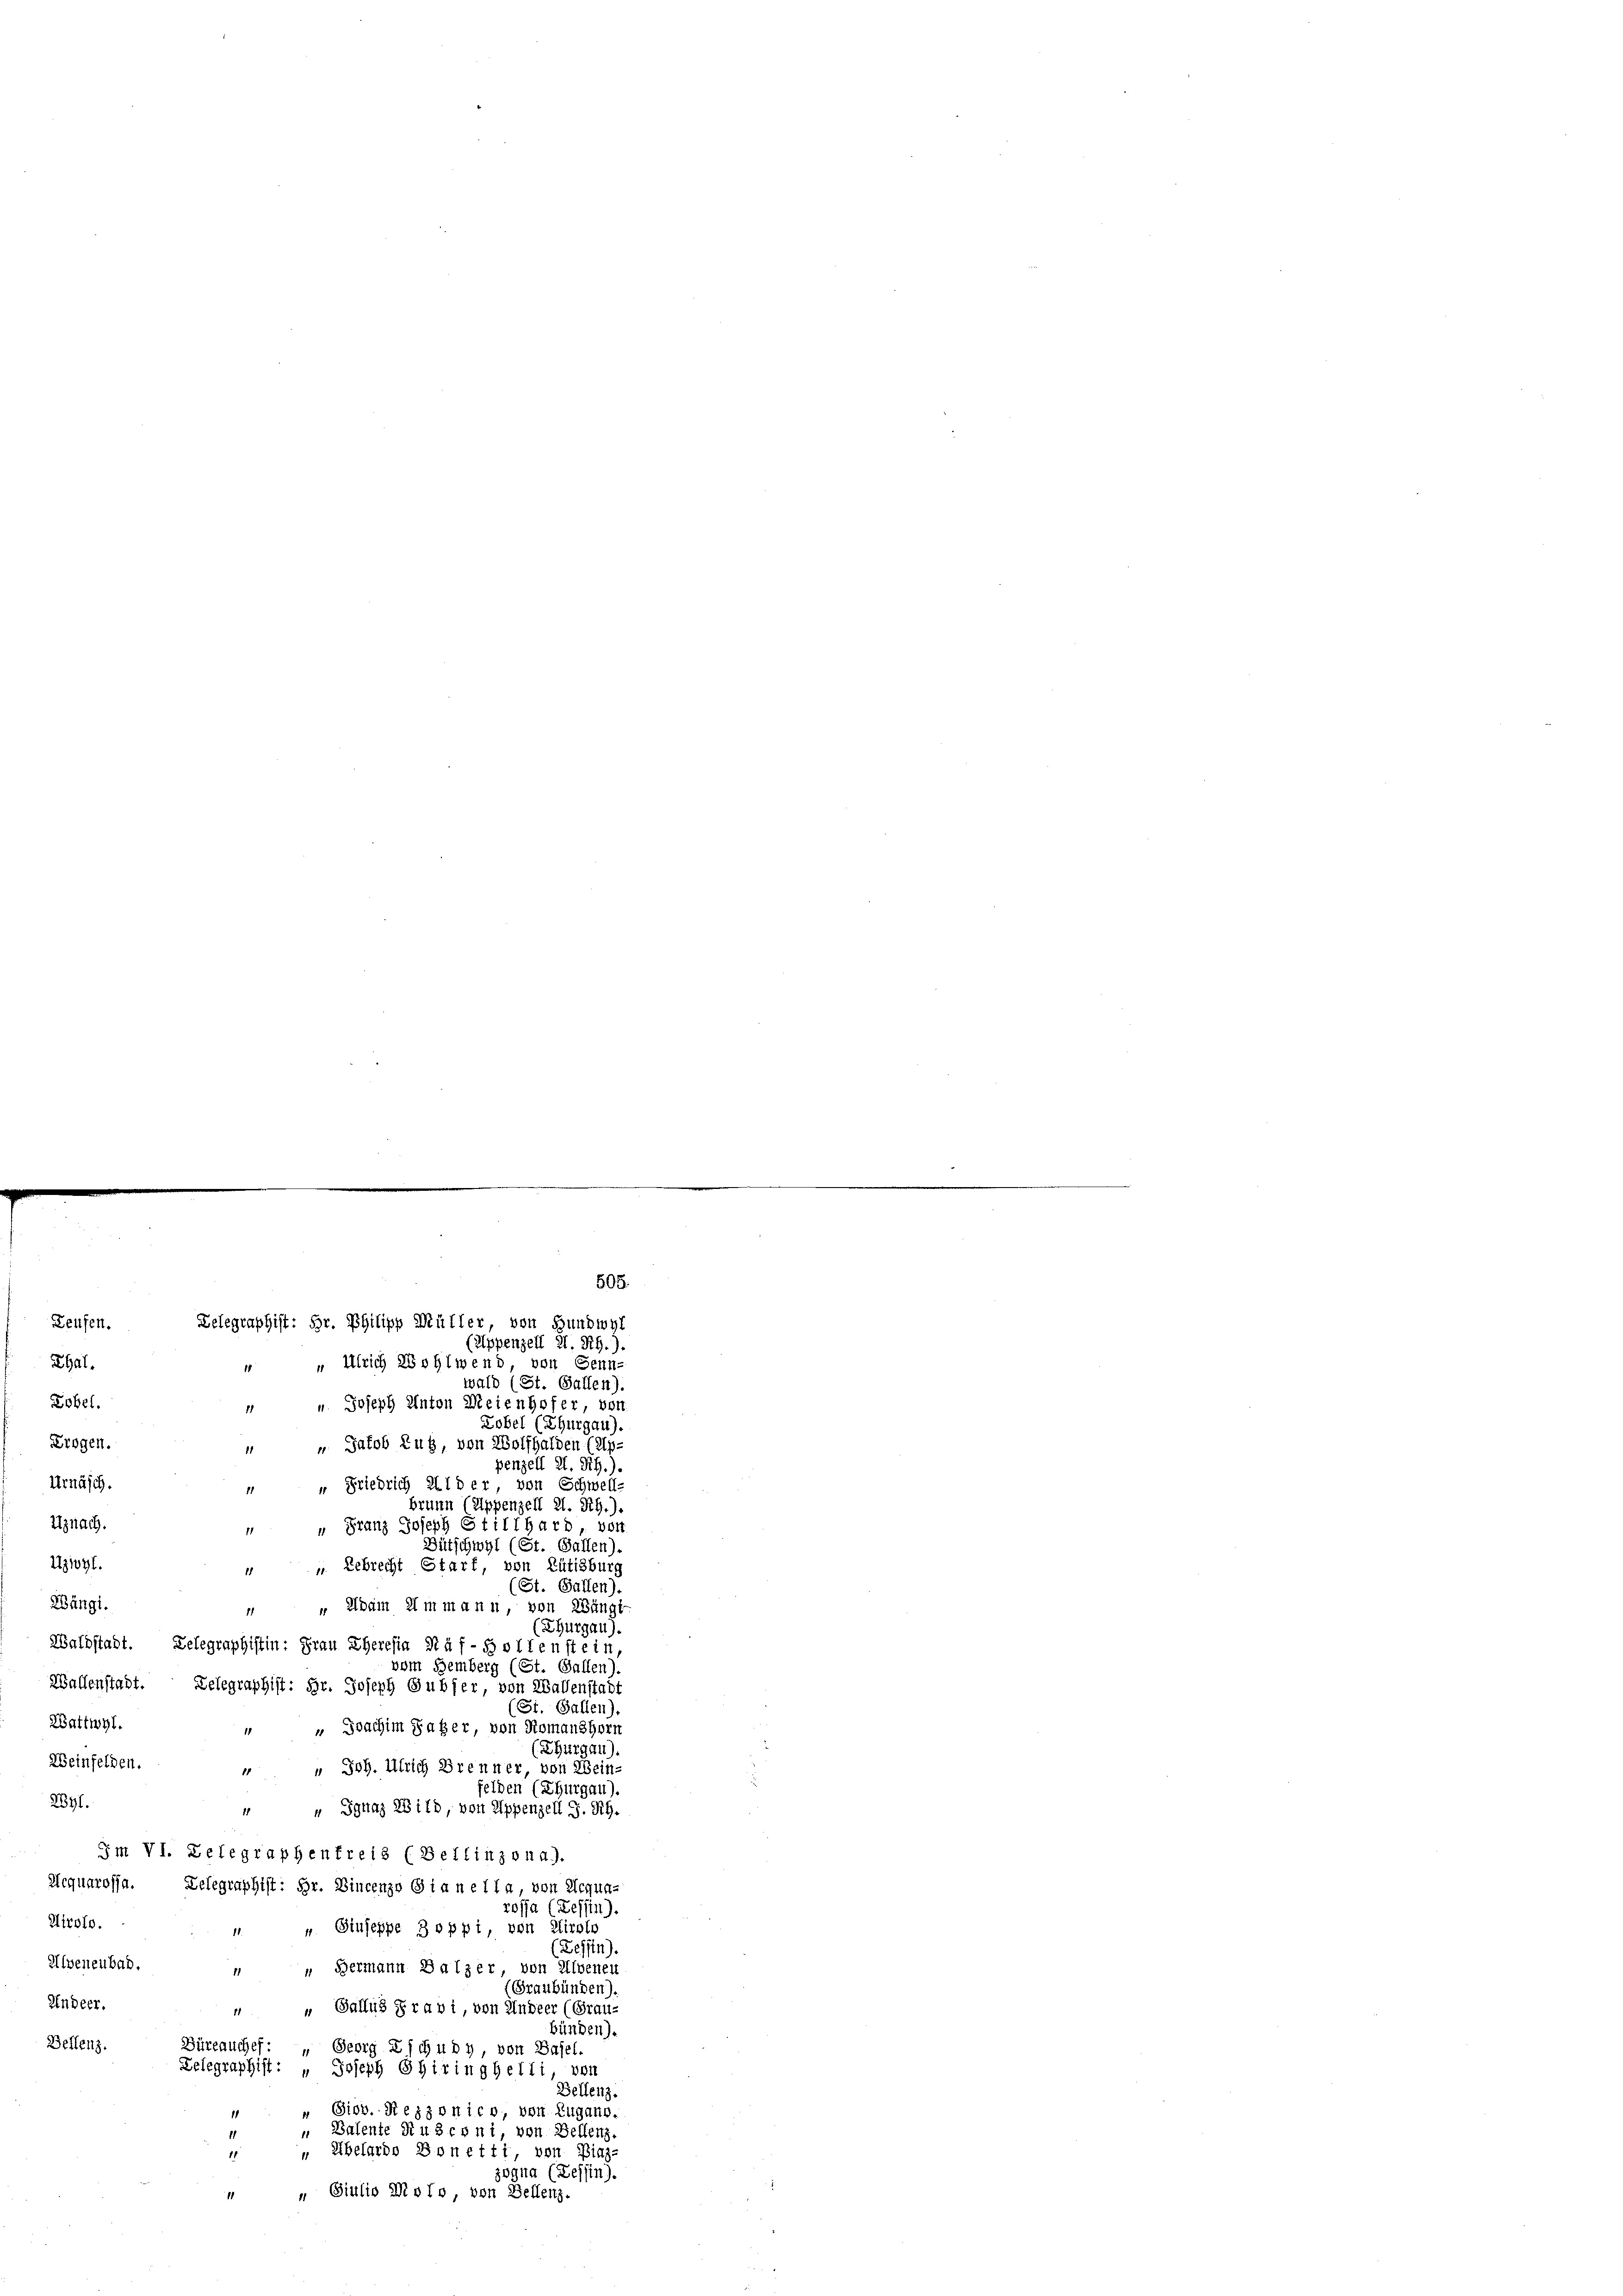
Erogen.
Urnäsch.
Utznach.
Uzwyl.

Ehat.
" Ulrich Wohlwend, von Senn-
wald (St. Gallen).
Lobel.
 " Joseph Anton Meienhofer, von

eufen.

Zelegraphist: Hr. Philipp Müller, von Hundwyl

505.

Zobel (Thurgau).
" " Jakob Zug, von Wolfhalden (Ap-
penzell I.Rh.)
“ Friedrich allder, von Schwell-
brunn (Appenzell 2. Rh.).
u Franz Joseph Stillhard, von
Bütschwyl (St. Gallen),
 „ Lebrecht Starf, von Rütisburg
(St. Gallen).
Zängi.
 Adam Ammann von Wängt-
(Thurgau).
Waldstadt. Delegraphistin: Frau Eheresia Raf-Bollenstein
vom Bemberg (St. Gallen),
Wallenstadt. Telegraphist: Hr. Joseph Gubler, von Wallenstadt
Si. Gallen).
Wattwyl.
 Joachim Falzer, von Romanshorn
1
(Thurgau).
Weinfelden.
 " Joh. Ulrich Brenner von Wein-
felden (Thurgau).
2841.
“ „ Ignaz 28ild, von Appenzell I.Rh.
Im VI. Delegraphenfreis (Bellinzona).
Aequarojja. Telegraphist: Hr. Vincenze Gia nella, von Aequa-
roffa (Tessin).
Airolo.
1 " Giuseppe Boppi, von Airolo
Tessin).
Alveneubab.
“ “ Bermann Balzer von Alvenen
(Graubünden).
Sndeer.
" " Gallus Fravi, von Andeer (Grau-
bünden).
Bellenz
Büreauchef: „ Georg Zschuby, von Basel.
Zelegraphist: " Joseph Ohiringhelli, von
Bellenz.
" Siob. Rezzonico, von Zugano.
1
„ Balente Rusconi, von Bellenz.
1
 Übelardo Bonetti, von Binz-
1
zogna (Tessin).
“ „ Giulio Moto, von Bellenz

Appenzell I. R.)